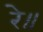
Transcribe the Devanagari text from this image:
रे॥